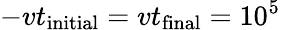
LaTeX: -vt_{\mathrm{initial}}=vt_{\mathrm{final}}=10^{5}